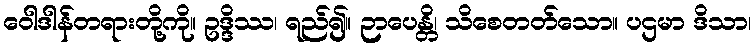
ဝေါဒါန်တရားတို့ကို။ ဥဒ္ဒိဿ၊ ရည်၍။ ဉာပေန္တိ၊ သိစေတတ်သော။ ပဌမာ ဒိသာ၊